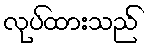
လုပ်ထားသည်